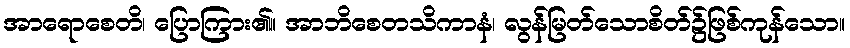
အာရောစေတိ၊ ပြောကြား၏။ အာဘိစေတသိကာနံ၊ လွန်မြတ်သောစိတ်၌ဖြစ်ကုန်သော။